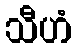
သီဟံ